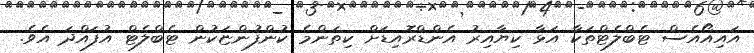
އައިއޯއެސް ޓެބްލެޓްތަކާ އަޅާ ކިޔާއިރު އެންޑްރޮއިޑަށް ކިތަންމެ ކުންފުންޏަކުން ޓެބްލެޓް އުފައްދަ އެވެ.